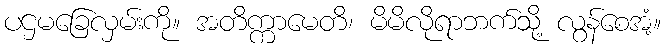
ပဌမခြေလှမ်းကို။ အတိက္ကာမေတိ၊ မိမိလိုရာဘက်သို့ လွန်စေအံ့။